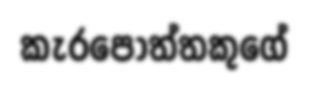
කැරපොත්තකුගේ